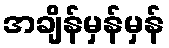
အချိန်မှန်မှန်